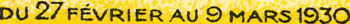
DU 27 FEVRIER AU 9 MARS 1930